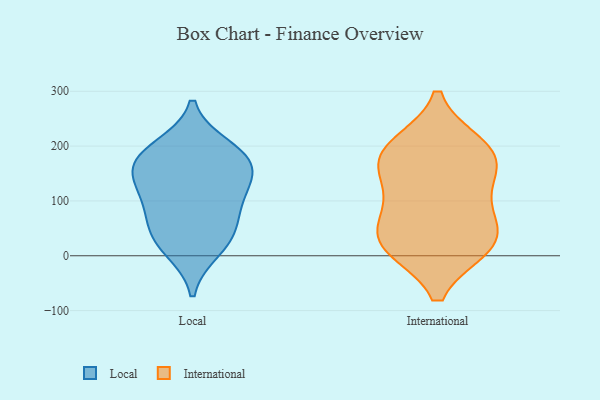
{"axis": {"x": "Tickets Resolved", "y": "Value"}, "legend": ["International", "Local"], "data": [{"x": "", "y": 39, "type": "Local"}, {"x": "", "y": 166, "type": "Local"}, {"x": "", "y": 98, "type": "Local"}, {"x": "", "y": 13, "type": "Local"}, {"x": "", "y": 137, "type": "Local"}, {"x": "", "y": 45, "type": "Local"}, {"x": "", "y": 178, "type": "Local"}, {"x": "", "y": 168, "type": "Local"}, {"x": "", "y": 196, "type": "Local"}, {"x": "", "y": 103, "type": "Local"}, {"x": "", "y": 91, "type": "International"}, {"x": "", "y": 116, "type": "International"}, {"x": "", "y": 180, "type": "International"}, {"x": "", "y": 26, "type": "International"}, {"x": "", "y": 199, "type": "International"}, {"x": "", "y": 20, "type": "International"}, {"x": "", "y": 38, "type": "International"}, {"x": "", "y": 173, "type": "International"}, {"x": "", "y": 183, "type": "International"}, {"x": "", "y": 19, "type": "International"}]}